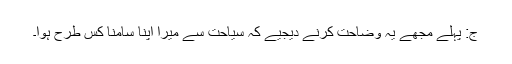
ج: پہلے مجھے یہ وضاحت کرنے دیجیے کہ سیاحت سے میرا اپنا سامنا کس طرح ہوا۔